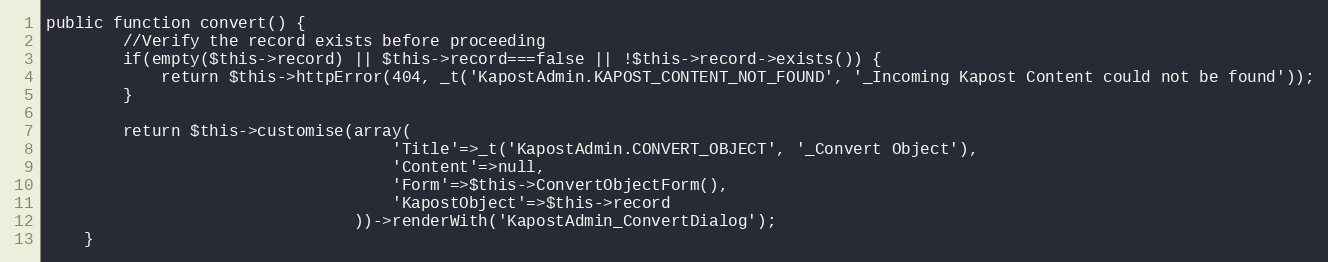
Language: PHP
public function convert() {
        //Verify the record exists before proceeding
        if(empty($this->record) || $this->record===false || !$this->record->exists()) {
            return $this->httpError(404, _t('KapostAdmin.KAPOST_CONTENT_NOT_FOUND', '_Incoming Kapost Content could not be found'));
        }

        return $this->customise(array(
                                    'Title'=>_t('KapostAdmin.CONVERT_OBJECT', '_Convert Object'),
                                    'Content'=>null,
                                    'Form'=>$this->ConvertObjectForm(),
                                    'KapostObject'=>$this->record
                                ))->renderWith('KapostAdmin_ConvertDialog');
    }